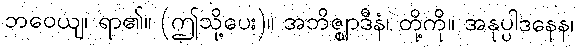
ဘဝေယျ၊ ရာ၏။ (ဤသို့ပေး)။ အဘိဇ္ဈာဒီနံ၊ တို့ကို။ အနုပ္ပါဒနေန၊